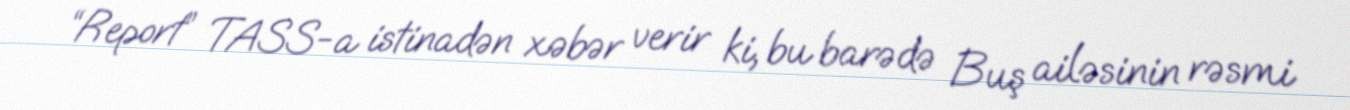
“Report” TASS-a istinadən xəbər verir ki, bu barədə Buş ailəsinin rəsmi